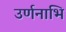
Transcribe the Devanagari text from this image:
उर्णनाभि